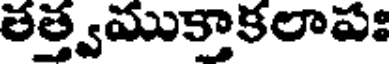
తత్త్వముక్తాకలాపః